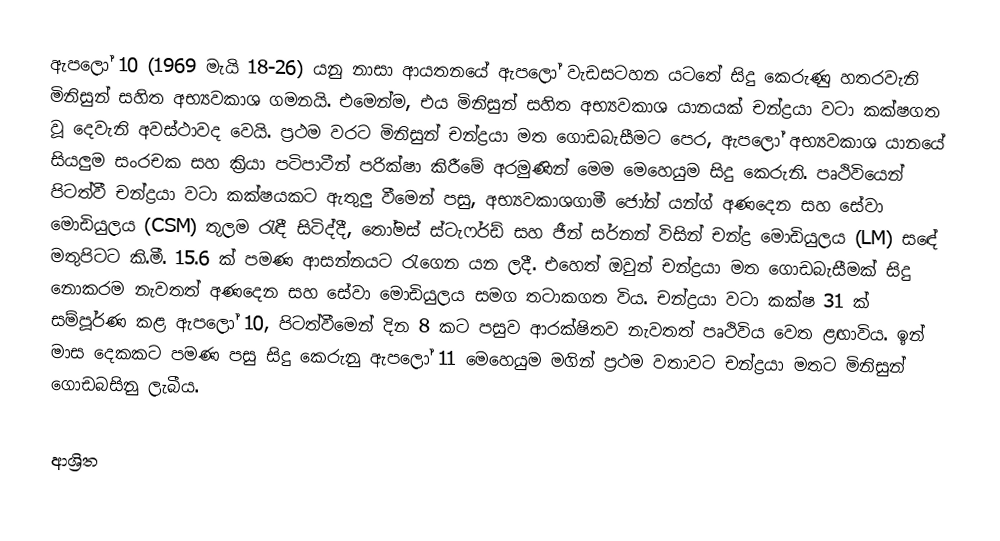
ඇපලෝ 10 (1969 මැයි 18-26) යනු නාසා ආයතනයේ ඇපලෝ වැඩසටහන යටතේ සිදු කෙරුණු හතරවැනි මිනිසුන් සහිත අභ්‍යවකාශ ගමනයි. එමෙන්ම, එය මිනිසුන් සහිත අභ්‍යවකාශ යානයක් චන්ද්‍රයා වටා කක්ෂගත වූ දෙවැනි අවස්ථාවද වෙයි. ප්‍රථම වරට මිනිසුන් චන්ද්‍රයා මත ගොඩබැසීමට පෙර, ඇපලෝ අභ්‍යවකාශ යානයේ සියලුම සං‍රචක සහ ක්‍රියා පටිපාටීන් පරික්ෂා කිරීමේ අරමුණින් මෙම මෙහෙයුම සිදු කෙරුනි. පෘථිවියෙන් පිටත්වී චන්ද්‍රයා වටා කක්ෂයකට ඇතුලු වීමෙන් පසු, අභ්‍යවකාශගාමී ජෝන් යන්ග් අණදෙන සහ සේවා මොඩියුලය (CSM) තුලම රැඳී සිටිද්දී, තෝමස් ස්ටැෆර්ඩ් සහ ජීන් සර්නන් විසින් චන්ද්‍ර මොඩියුලය (LM) සඳේ මතුපිටට කි.මී. 15.6 ක් පමණ ආසන්නයට රැගෙන යන ලදී. එහෙත් ඔවුන් චන්ද්‍රයා මත ගොඩබැසීමක් සිදු නොකරම නැවතත් අණදෙන සහ සේවා මොඩියුලය සමග තටාකගත විය. චන්ද්‍රයා වටා කක්ෂ 31 ක් සම්පූර්ණ කළ ඇපලෝ 10, පිටත්වීමෙන් දින 8 කට පසුව ආරක්ෂිතව නැවතත් පෘථිවිය වෙත ළඟාවිය. ඉන් මාස දෙකකට පමණ පසු සිදු කෙරුනු ඇපලෝ 11 මෙහෙයුම මගින් ප්‍රථම වතාවට චන්ද්‍රයා මතට මිනිසුන් ගොඩබසිනු ලැබීය.

ආශ්‍රිත